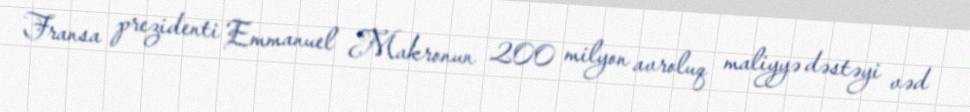
Fransa prezidenti Emmanuel Makronun 200 milyon avroluq maliyyə dəstəyi vəd